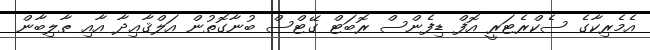
އެމެރިކާގެ ސެކްރެޓަރީ އޮފް ޑިފެންސް ރޮބަޓް ގޭޓްސް ބުނާގޮތުން އަލްޤާޢިދާ އާއި ޠާލިބާން